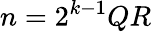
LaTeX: n=2^{k-1}QR